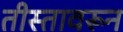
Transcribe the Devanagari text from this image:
तीस्तावरून